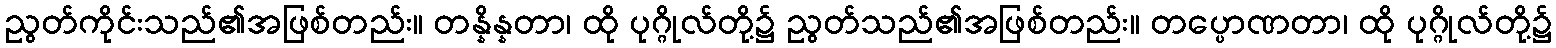
ညွတ်ကိုင်းသည်၏အဖြစ်တည်း။ တန္နိန္နတာ၊ ထို ပုဂ္ဂိုလ်တို့၌ ညွတ်သည်၏အဖြစ်တည်း။ တပ္ပောဏတာ၊ ထို ပုဂ္ဂိုလ်တို့၌